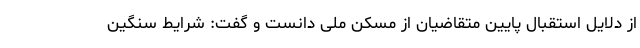
از دلایل استقبال پایین متقاضیان از مسکن ملی دانست و گفت: شرایط سنگین